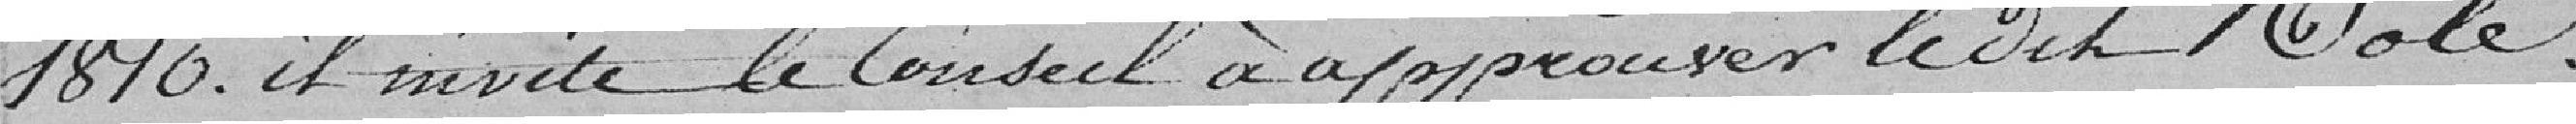
1810. Il invite le Conseil à approuver ledit Rôle.